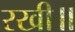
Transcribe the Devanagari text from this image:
रखी॥